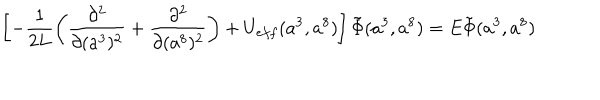
\left[ - \frac { 1 } { 2 L } \left( \frac { \partial ^ { 2 } } { \partial ( a ^ { 3 } ) ^ { 2 } } + \frac { \partial ^ { 2 } } { \partial ( a ^ { 8 } ) ^ { 2 } } \right) + U _ { e f f } ( a ^ { 3 } , a ^ { 8 } ) \right] \tilde { \Phi } ( a ^ { 3 } , a ^ { 8 } ) = E \tilde { \Phi } ( a ^ { 3 } , a ^ { 8 } )